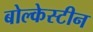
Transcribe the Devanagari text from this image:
बोल्केस्टीन